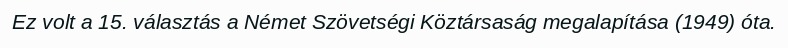
Ez volt a 15. választás a Német Szövetségi Köztársaság megalapítása (1949) óta.